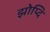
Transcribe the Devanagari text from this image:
झोप्दि